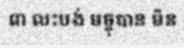
៣ លះបង់ មច្ចុបាន មិន